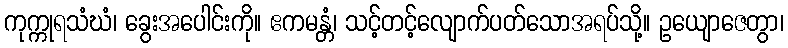
ကုက္ကုရသံဃံ၊ ခွေးအပေါင်းကို။ ဧကမန္တံ၊ သင့်တင့်လျောက်ပတ်သောအရပ်သို့။ ဥယျောဇေတွာ၊